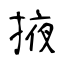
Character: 掖